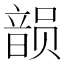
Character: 𱂐